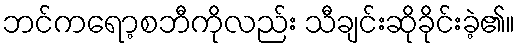
ဘင်ကရော့စဘီကိုလည်း သီချင်းဆိုခိုင်းခဲ့၏။